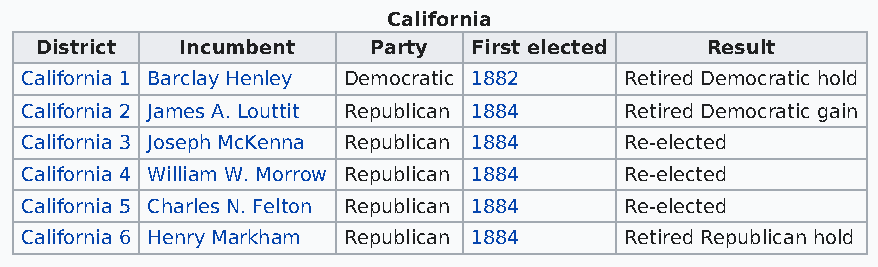
California
 District  Incumbent   Party  First elected   Result
 California 1 Barclay Henley Democratic 1882 Retired Democratic hold
 California 2 James A. Louttit Republican 1884 Retired Democratic gain
 California 3 Joseph McKenna Republican 1884 Re-elected
 California 4 William W. Morrow Republican 1884 Re-elected
 California 5 Charles N. Felton Republican 1884 Re-elected
 California 6 Henry Markham Republican 1884 Retired Republican hold